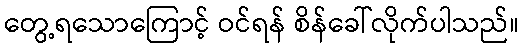
တွေ့ရသောကြောင့် ဝင်ရန် စိန်ခေါ်လိုက်ပါသည်။